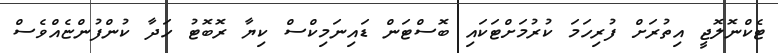
ޓެކްނޮލޮޖީ އިތުރަށް ފުރިހަމަ ކުރުމަށްޓަކައި ބޮސްޓަން ޑައިނަމިކްސް ކިޔާ ރޮބޮޓު ހަދާ ކުންފުންޏެއްވެސް